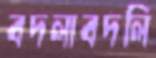
বদলাবদলি